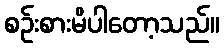
စဉ်းစားမိပါတော့သည်။